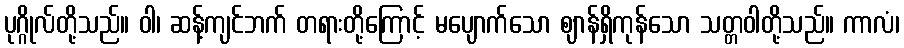
ပုဂ္ဂိုလ်တို့သည်။ ဝါ၊ ဆန့်ကျင်ဘက် တရားတို့ကြောင့် မပျောက်သော ဈာန်ရှိကုန်သော သတ္တဝါတို့သည်။ ကာလံ၊